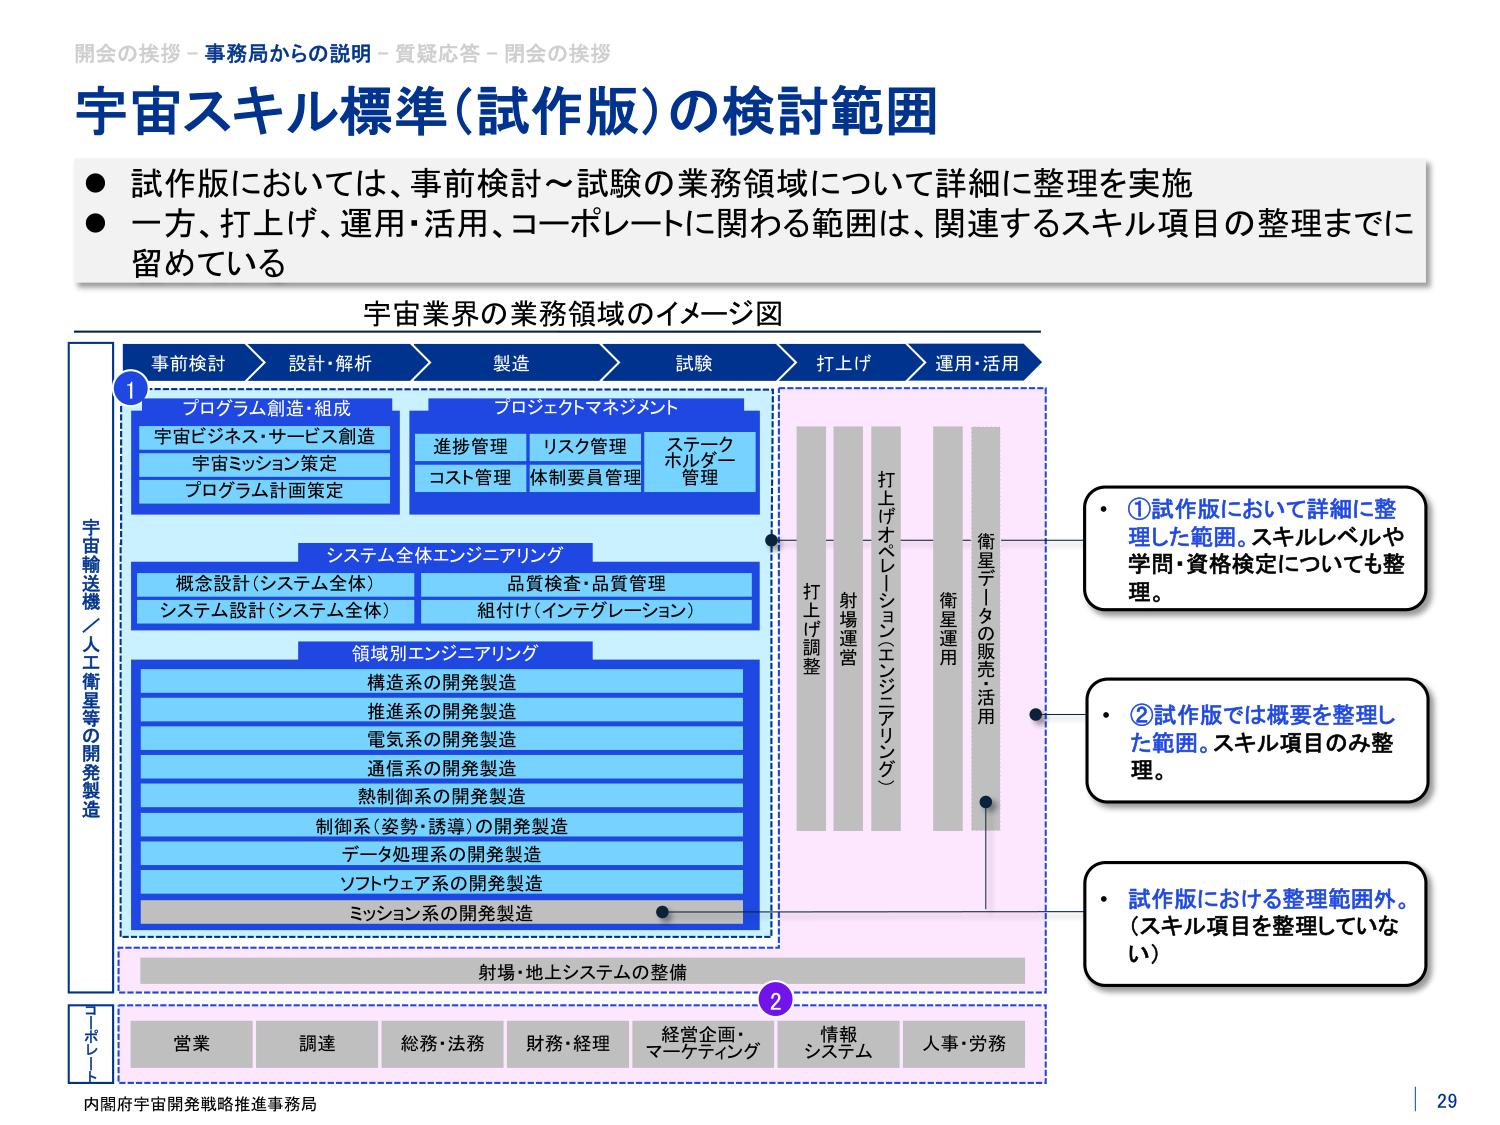
開会の挨拶－事務局からの説明－質疑応答－開会の挨拶
宇宙スキル標準（試作版）の検討範囲
● 試作版においては、事前検討～試験の業務領域について詳細に整理を実施
● 一方、打上げ、運用・活用、コーポレートに関わる範囲は、関連するスキル項目の整理までに留めている

宇宙業界の業務領域のイメージ図
事前検討 → 設計・解析 → 製造 → 試験 → 打上げ → 運用・活用

①
プログラム創造・組成
宇宙ビジネス・サービス創造
宇宙ミッション策定
プログラム計画策定

プロジェクトマネジメント
進捗管理 リスク管理 ステークホルダー管理
コスト管理 体制要員管理

システム全体エンジニアリング
概念設計（システム全体）
システム設計（システム全体）
品質検査・品質管理
組付け（インテグレーション）

領域別エンジニアリング
構造系の開発製造
推進系の開発製造
電気系の開発製造
通信系の開発製造
熱制御系の開発製造
制御系（姿勢・誘導）の開発製造
データ処理系の開発製造
ソフトウェア系の開発製造
ミッション系の開発製造

打上げ調整
射場運営
打上げオペレーション（エンジニアリング）
衛星運用
衛星データの販売・活用

射場・地上システムの整備

②
営業
調達
総務・法務
財務・経理
経営企画・マーケティング
情報システム
人事・労務

宇宙輸送機／人工衛星等の開発製造
コーポレート

・①試作版において詳細に整理した範囲。スキルレベルや学問・資格検定についても整理。
・②試作版では概要を整理した範囲。スキル項目のみ整理。
・試作版における整理範囲外。（スキル項目を整理していない）

内閣府宇宙開発戦略推進事務局
29